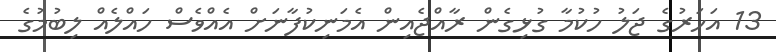
13 އަހަރުގެ ޖަލު ހުކުމާ ގުޅިގެން ރާއްޖެއިން އެމަނިކުފާނަށް އެއްވެސް ހައްލެއް ލިބުމުގެ